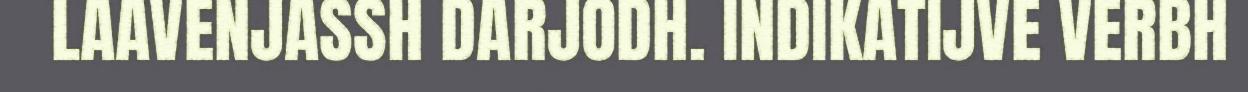
LAAVENJASSH DARJODH. INDIKATIJVE VERBH